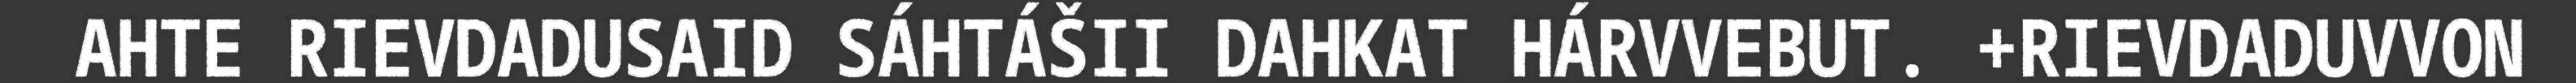
AHTE RIEVDADUSAID SÁHTÁŠII DAHKAT HÁRVVEBUT. +RIEVDADUVVON